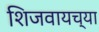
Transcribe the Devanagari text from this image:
शिजवायच्या